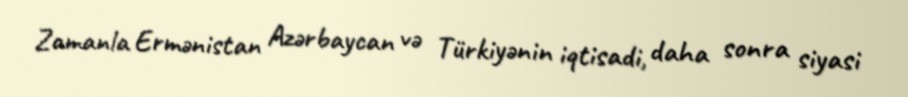
Zamanla Ermənistan Azərbaycan və Türkiyənin iqtisadi, daha sonra siyasi